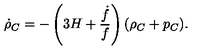
\dot { \rho } _ { C } = - \left( 3 H + \frac { \dot { f } } { f } \right) ( \rho _ { C } + p _ { C } ) .